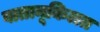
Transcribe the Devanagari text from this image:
वातानूकिलत